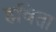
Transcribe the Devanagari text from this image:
हविता